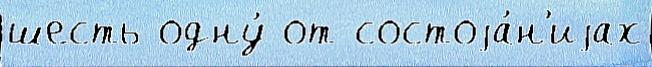
шесть одну́ от состоjа́н'иjах